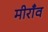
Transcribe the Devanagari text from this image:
मीराँव